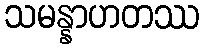
သမန္နာဟတဿ